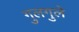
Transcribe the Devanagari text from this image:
गुलगुले